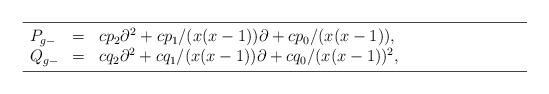
LaTeX: \begin{align*} \hskip-36pt \begin{array}{lcp{10.7cm}} \hline\noalign{\smallskip} P_{g-}&=& $cp_2\partial ^2+cp_1/(x(x-1))\partial + cp_0/(x(x-1))$, \\ Q_{g-}&=& $cq_2\partial ^2+cq_1/(x(x-1))\partial + cq_0/(x(x-1))^2$, \\ \noalign{\smallskip}\hline\end{array} \end{align*}